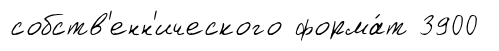
собств'енн'ического форма́т 3900